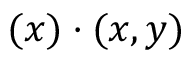
( x ) \cdot ( x , y )